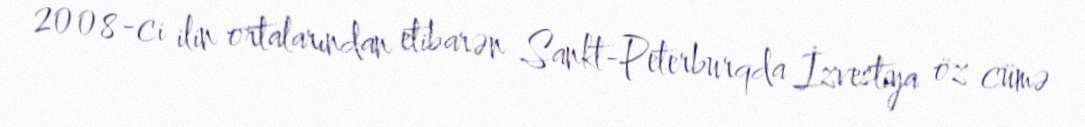
2008-ci ilin ortalarından etibarən Sankt-Peterburqda İzvestiya öz cümə